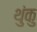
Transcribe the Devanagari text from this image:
थुंकु